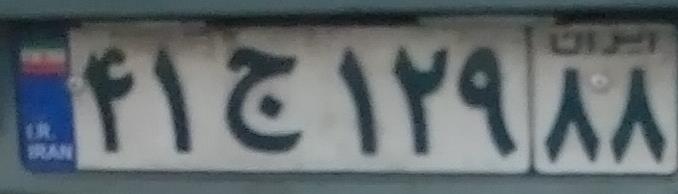
۴۱ج۱۲۹۸۸